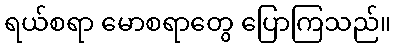
ရယ်စရာ မောစရာတွေ ပြောကြသည်။